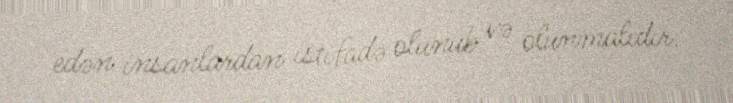
edən insanlardan istifadə olunub və olunmalıdır.